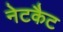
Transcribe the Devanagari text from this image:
नेटकैट